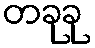
တခုခု